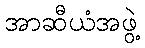
အာဆီယံအဖွဲ့